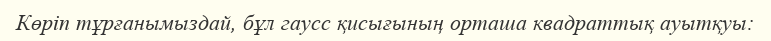
Көріп тұрғанымыздай, бұл гаусс қисығының орташа квадраттық ауытқуы: